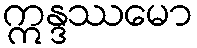
ဣန္ဒဿမော